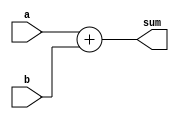
module zmips_n_adder #(
    parameter W = 32
) (a, b, sum);
input [W-1:0] a, b;
output [W-1:0] sum;

assign sum = a + b;

endmodule